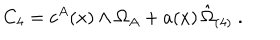
C _ { 4 } = c ^ { A } ( x ) \wedge \Omega _ { A } + a ( x ) \, \hat { \Omega } _ { ( 4 ) } \ .